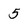
Character: 5